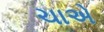
ચાએ